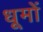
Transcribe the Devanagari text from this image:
धूमों